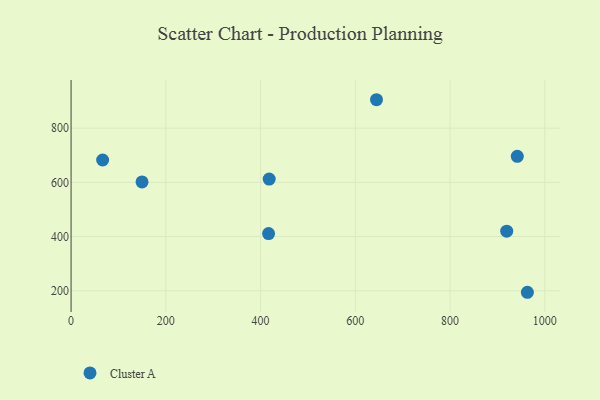
{"axis": {"x": "Ad Spend", "y": "Fuel Efficiency"}, "legend": ["Cluster A"], "data": [{"x": "644.7", "y": 904.7, "type": "Cluster A"}, {"x": "416.9", "y": 410.9, "type": "Cluster A"}, {"x": "919.6", "y": 419.8, "type": "Cluster A"}, {"x": "66.6", "y": 682.4, "type": "Cluster A"}, {"x": "149.8", "y": 601.7, "type": "Cluster A"}, {"x": "418.2", "y": 611.9, "type": "Cluster A"}, {"x": "941.9", "y": 695.8, "type": "Cluster A"}, {"x": "963.2", "y": 194.6, "type": "Cluster A"}]}